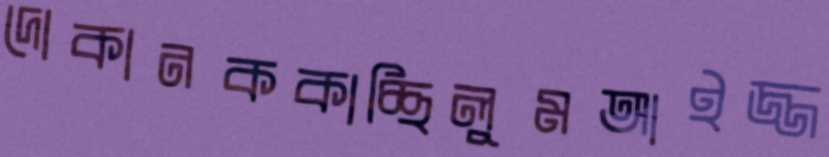
দোকানককাচ্ছিলুমআইজ্জ